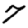
Digit: 7